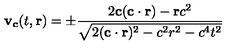
{ \bf { v _ { c } } } ( t , { \bf { r } } ) = \pm \frac { 2 { \bf c } ( { \bf { c \cdot r } } ) - { \bf { r } } c ^ { 2 } } { \sqrt { 2 ( { \bf { c \cdot r } } ) ^ { 2 } - c ^ { 2 } r ^ { 2 } - c ^ { 4 } t ^ { 2 } } }